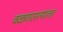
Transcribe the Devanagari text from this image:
वळणरस्त्याला